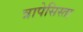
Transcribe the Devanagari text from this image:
त्रापेसिस्ता